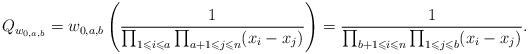
LaTeX: \begin{align*}Q_{w_{0,a,b}}=w_{0,a,b}\left(\frac{1}{\prod_{1\leqslant i\leqslant a}\prod_{a+1\leqslant j\leqslant n}(x_i-x_j)}\right)=\frac{1}{\prod_{b+1\leqslant i\leqslant n}\prod_{1\leqslant j\leqslant b}(x_i-x_j)}.\end{align*}